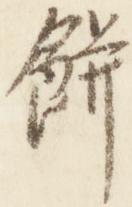
餅